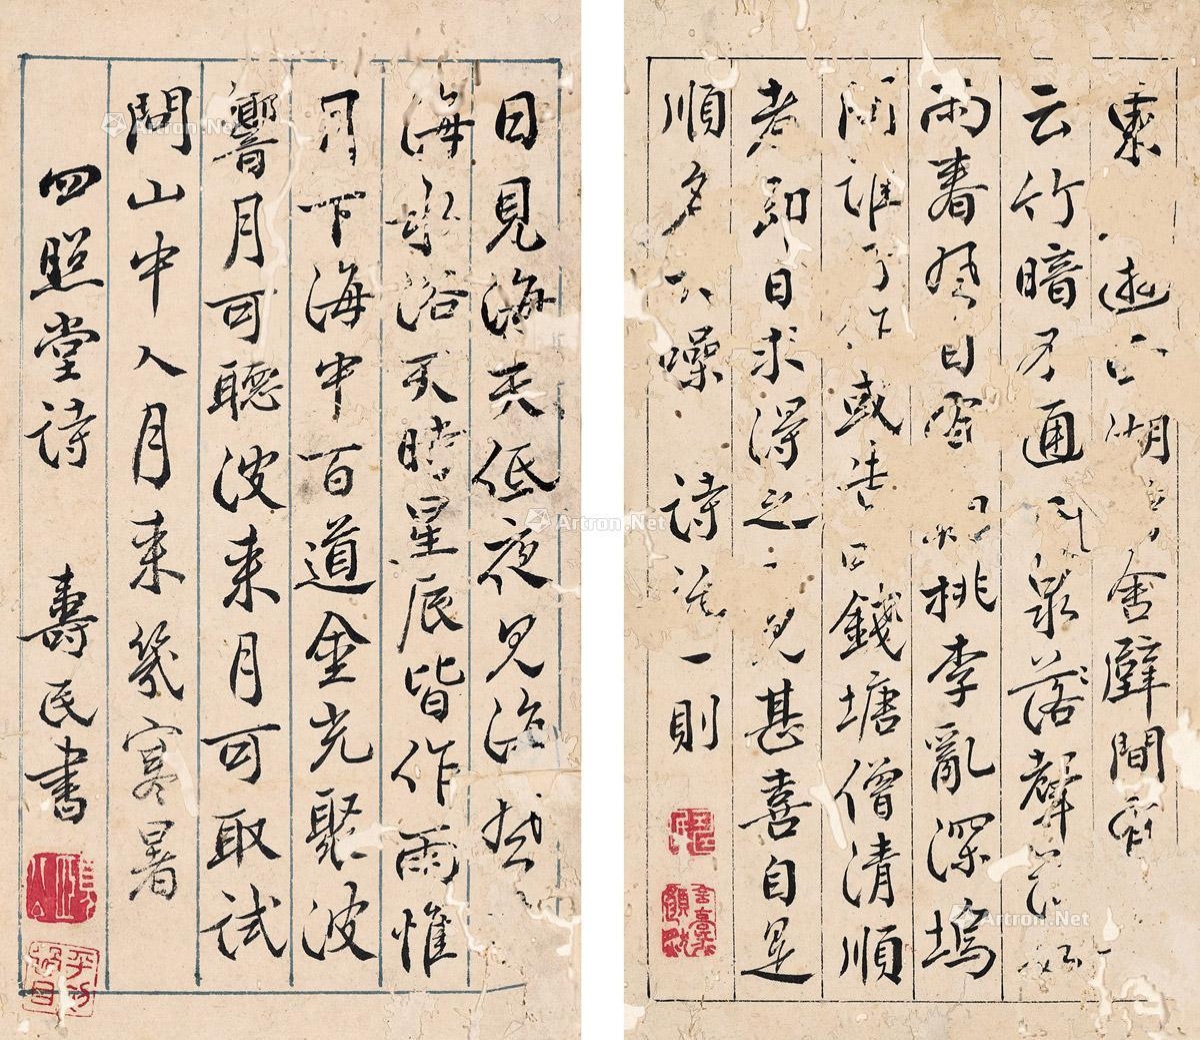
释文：1.东□游西湖□舍，壁间有□云，竹暗不通□，泉声□□雨。春风自有期，桃李乱深坞。问谁□作，或告□钱塘僧清顺者，即日求得之，□甚喜自是顺名大噪。诗话一则。2.日见海天低，夜见海风□。海水浴天时，星辰皆作雨。惟月下海中，百道金光聚。波响月可听，波来月可取。试问山中人，月来几寒暑。四照堂诗。寿民书。